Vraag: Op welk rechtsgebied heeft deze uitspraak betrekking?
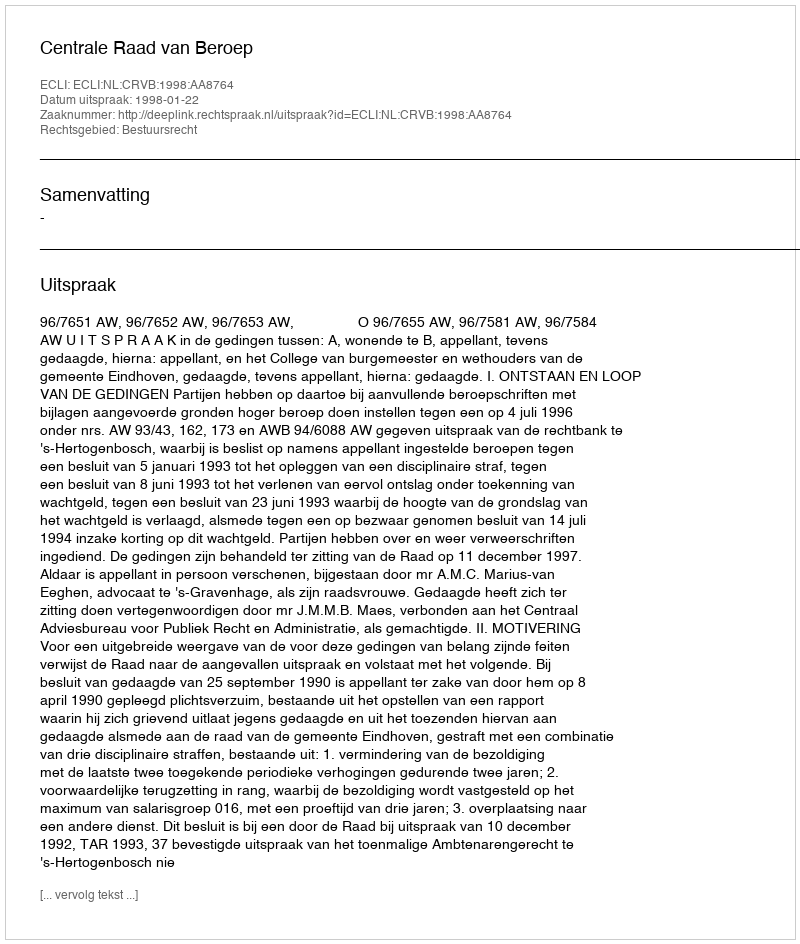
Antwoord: Bestuursrecht